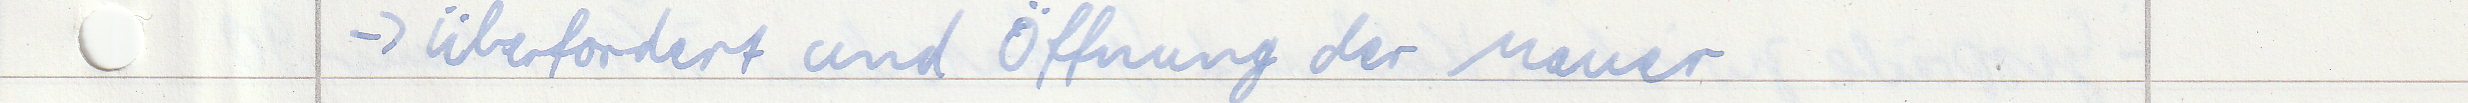
-> überfordert und Öffnung der Mauer